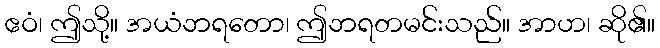
ဧဝံ၊ ဤသို့။ အယံဘရတော၊ ဤဘရတမင်းသည်။ အာဟ၊ ဆို၏။